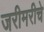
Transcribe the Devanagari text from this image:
जरीमरीचे